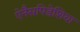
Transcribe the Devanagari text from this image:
ऐनैसपिडेशिया